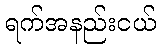
ရက်အနည်းငယ်